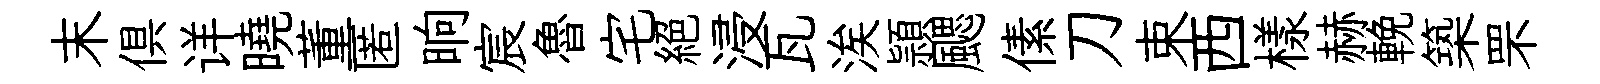
末俱详曉董匿晌宸魯宅絶浸瓦涘頴颸傃刀束西樣赫輓築罘